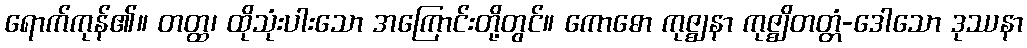
ရောက်ကုန်၏။ တတ္ထ၊ ထိုသုံးပါးသော အကြောင်းတို့တွင်။ ကောဓော ကုဇ္ဈနာ ကုဇ္ဈိတတ္တံ-ဒေါသော ဒုဿနာ